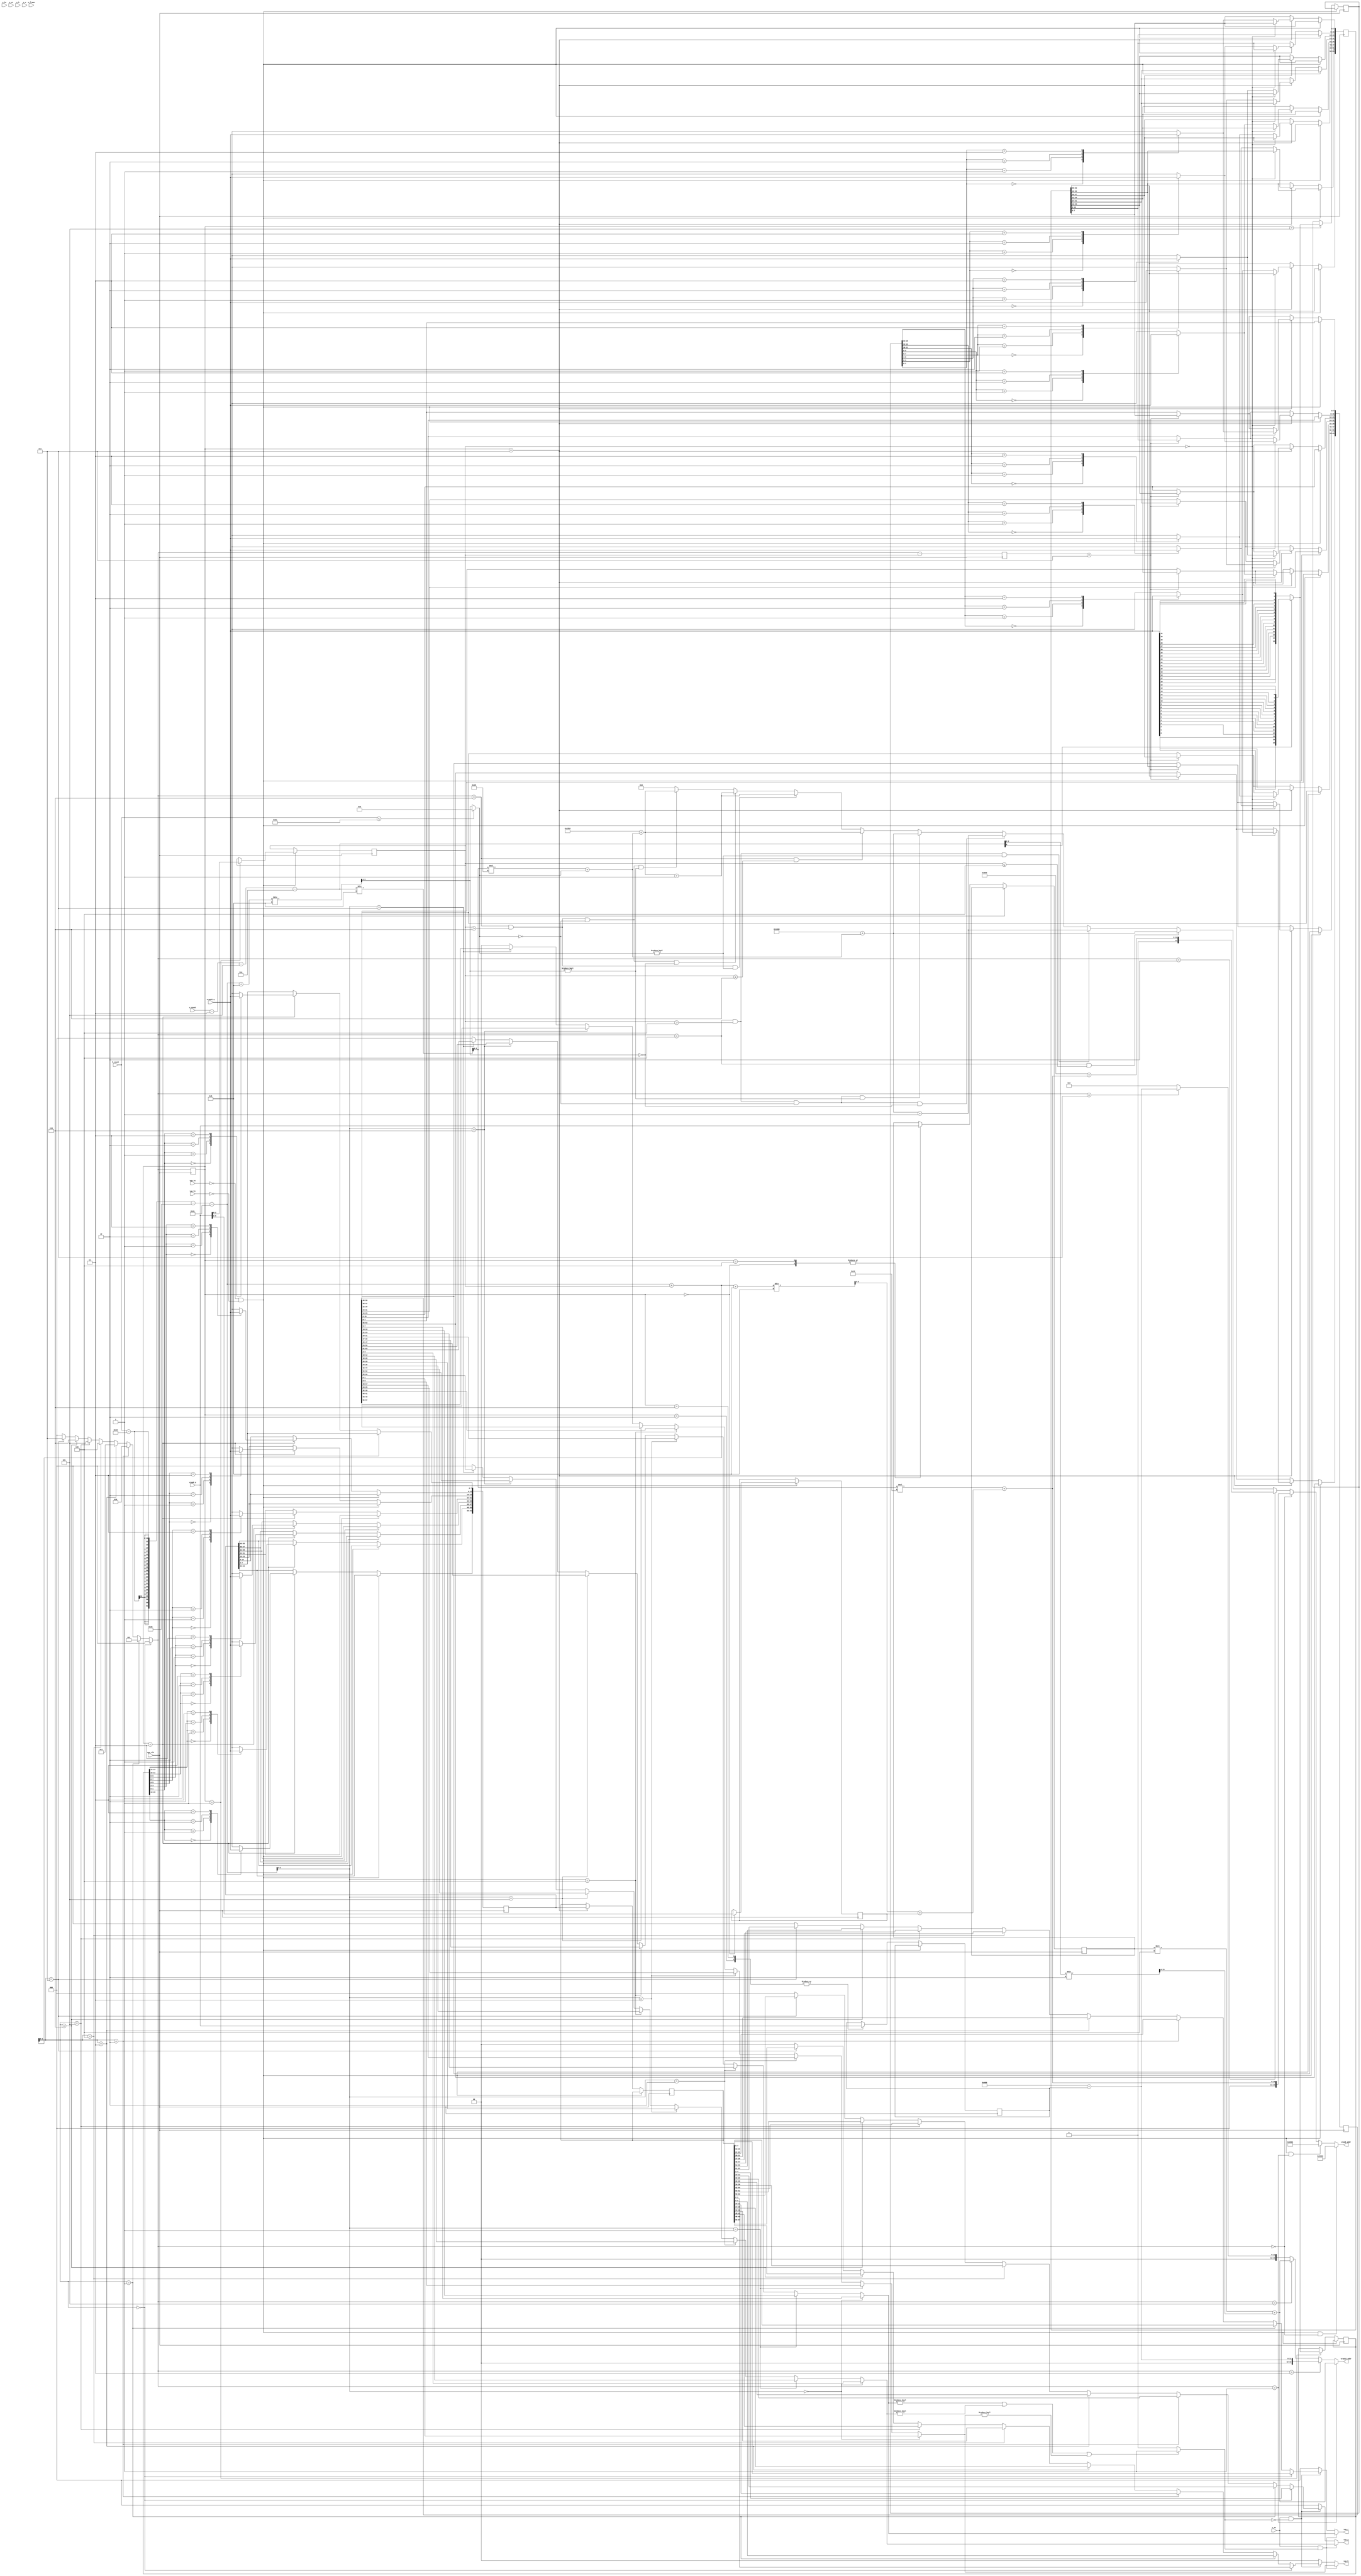
/*
* Renders Background and Window plane
*/
module BGWrenderer
#(
    parameter H_RES   = 320,      // horizontal resolution (pixels)
    parameter V_RES   = 240,      // vertical resolution (lines)
    parameter H_FP    = 24,       // horizontal front porch
    parameter H_SYNC  = 32,       // horizontal sync
    parameter H_BP    = 46,       // horizontal back porch
    parameter V_FP    = 3,        // vertical front porch
    parameter V_SYNC  = 5,        // vertical sync
    parameter V_BP    = 14,       // vertical back porch
    parameter H_POL   = 0,        // horizontal sync polarity (0:neg, 1:pos)
    parameter V_POL   = 0         // vertical sync polarity
) 
(
    //VGA I/O
    input               vga_clk,            //9MHz
    input               vga_hs,
    input               vga_vs,
    output wire [2:0]   vga_r,
    output wire [2:0]   vga_g,
    output wire [1:0]   vga_b,

    input [9:0]         h_count,  // line position in pixels including blanking 
    input [8:0]         v_count,  // frame position in lines including blanking 

    input               o_hs, 
    input               o_vs, 
    input               o_de, 
    input               o_h, 
    input               o_v, 
    input               o_frame,

    //VRAM32
    output [13:0]       vram32_addr,
    input  [31:0]       vram32_q, 

    //VRAM8
    output [13:0]       vram8_addr,
    input  [7:0]        vram8_q
);

// Horizontal: sync, active, and pixels
localparam HS_STA = H_FP - 1;           // sync start (first pixel is 0)
localparam HS_END = HS_STA + H_SYNC;    // sync end
localparam HA_STA = HS_END + H_BP;      // active start
localparam HA_END = HA_STA + H_RES;     // active end 
localparam LINE   = HA_END;             // line pixels 

// Vertical: sync, active, and pixels
localparam VS_STA = V_FP - 1;           // sync start (first line is 0)
localparam VS_END = VS_STA + V_SYNC;    // sync end
localparam VA_STA = VS_END + V_BP;      // active start
localparam VA_END = VA_STA + V_RES;     // active end 
localparam FRAME  = VA_END;             // frame lines 

//RENDERING
reg [5:0] XtileOffset;
reg [2:0] XfineOffset;

initial
begin
    XtileOffset <= 6'd0;
    XfineOffset <= 3'd0;
end


wire [8:0] v_count_visible;
assign v_count_visible = v_count - V_FP - V_SYNC - V_BP;

wire [9:0] h_count_visible;
assign h_count_visible = h_count - H_FP - H_SYNC - H_BP + XfineOffset; //+XfineOffset for fine scrolling

wire [9:0] h_count_visible_noscroll;
assign h_count_visible_noscroll = h_count - H_FP - H_SYNC - H_BP;

wire [5:0] h_tile;
assign h_tile = (h_count_visible / 8)  + XtileOffset;

wire [5:0] h_tile_noscroll;
assign h_tile_noscroll = (h_count_visible_noscroll / 8);

wire [5:0] v_tile;
assign v_tile = v_count_visible / 8;

wire [2:0] h_tile_pixel;
assign h_tile_pixel = h_count_visible[2:0];

wire [2:0] h_tile_pixel_noscroll;
assign h_tile_pixel_noscroll = h_count_visible_noscroll[2:0];

wire [2:0] v_tile_pixel;
assign v_tile_pixel = v_count_visible[2:0];

wire [10:0] tile;
assign tile = (v_tile * (512/8)) + h_tile; //512, because this gives us room for scrolling

wire [10:0] tile_noscroll;
assign tile_noscroll = (v_tile * (H_RES/8)) + h_tile_noscroll;

wire [5:0] h_tile_next;
assign h_tile_next = ((h_count - H_FP - H_SYNC - H_BP + XfineOffset + 8) / 8)  + XtileOffset;

wire [5:0] h_tile_next_noscroll;
assign h_tile_next_noscroll = ((h_count - H_FP - H_SYNC - H_BP + 8) / 8);

wire [5:0] h_tile_next_noscroll2;
assign h_tile_next_noscroll2 = (h_count <  H_FP + H_SYNC + H_BP - 5) ?  0:
                            h_tile_next_noscroll;

wire [10:0] tile_next;
assign tile_next = (v_tile * (512/8)) + h_tile_next; //512, because this gives us room for scrolling

wire [10:0] tile_next_noscroll;
assign tile_next_noscroll = (v_tile * (H_RES/8)) + h_tile_next_noscroll;

wire [10:0] tile_next_noscroll2;
assign tile_next_noscroll2 = (v_tile * (H_RES/8)) + h_tile_next_noscroll2;

parameter
    fetch_bg_tile       = 0,
    fetch_pattern_bg    = 1,
    fetch_bg_color      = 2,
    fetch_palette_bg    = 3,

    fetch_wind_tile     = 4,
    fetch_pattern_wind  = 5,
    fetch_wind_color    = 6,
    fetch_palette_wind  = 7;

/*
8 cycles per tile:
 1. fetch bg tile table address with next tile
 2. fetch pattern table with tile id from 1
 3. fetch bg color table address with next tile
 4. fetch palette table with palette id from 3
 5. fetch window tile table address with next tile
 6. fetch pattern table with tile id from 5
 7. fetch window color table
 8. fetch palette table with palette id from 7
*/
wire [2:0] fetchState;
assign fetchState = (h_tile_pixel == 0) ? fetch_bg_tile:
                    (h_tile_pixel == 1) ? fetch_pattern_bg:
                    (h_tile_pixel == 2) ? fetch_bg_color:
                    (h_tile_pixel == 3) ? fetch_palette_bg:
                    (h_tile_pixel == 4) ? fetch_wind_tile:
                    (h_tile_pixel == 5) ? fetch_pattern_wind:
                    (h_tile_pixel == 6) ? fetch_wind_color:
                    (h_tile_pixel == 7) ? fetch_palette_wind:
                    0;

reg [2:0] fetchStateOffset;
reg [2:0] fetchStateOffset_noscroll;
always @(negedge vga_clk)
begin
    fetchStateOffset <= fetchState;
    fetchStateOffset_noscroll <= fetchState - XfineOffset;
end

reg [7:0] tile_index;
reg [15:0] pattern_bg_tile;
reg [15:0] pattern_wind_tile;
reg [7:0] color_index;
reg [31:0] palette;



reg [63:0] rendered_bg_tile_next;
reg [63:0] rendered_bg_tile;

wire [2:0] data_bg_r, data_bg_g;
wire [1:0] data_bg_b;
assign data_bg_r = (h_tile_pixel == 0) ? rendered_bg_tile[0*8 +7: 0*8 +5]:
                (h_tile_pixel == 1) ? rendered_bg_tile[1*8 +7: 1*8 +5]:
                (h_tile_pixel == 2) ? rendered_bg_tile[2*8 +7: 2*8 +5]:
                (h_tile_pixel == 3) ? rendered_bg_tile[3*8 +7: 3*8 +5]:
                (h_tile_pixel == 4) ? rendered_bg_tile[4*8 +7: 4*8 +5]:
                (h_tile_pixel == 5) ? rendered_bg_tile[5*8 +7: 5*8 +5]:
                (h_tile_pixel == 6) ? rendered_bg_tile[6*8 +7: 6*8 +5]:
                (h_tile_pixel == 7) ? rendered_bg_tile[7*8 +7: 7*8 +5]:
            3'd0;

assign data_bg_g = (h_tile_pixel == 0) ? rendered_bg_tile[0*8 +4: 0*8 +2]:
                (h_tile_pixel == 1) ? rendered_bg_tile[1*8 +4: 1*8 +2]:
                (h_tile_pixel == 2) ? rendered_bg_tile[2*8 +4: 2*8 +2]:
                (h_tile_pixel == 3) ? rendered_bg_tile[3*8 +4: 3*8 +2]:
                (h_tile_pixel == 4) ? rendered_bg_tile[4*8 +4: 4*8 +2]:
                (h_tile_pixel == 5) ? rendered_bg_tile[5*8 +4: 5*8 +2]:
                (h_tile_pixel == 6) ? rendered_bg_tile[6*8 +4: 6*8 +2]:
                (h_tile_pixel == 7) ? rendered_bg_tile[7*8 +4: 7*8 +2]:
            3'd0;

assign data_bg_b = (h_tile_pixel == 0) ? rendered_bg_tile[0*8 +1: 0*8 +0]:
                (h_tile_pixel == 1) ? rendered_bg_tile[1*8 +1: 1*8 +0]:
                (h_tile_pixel == 2) ? rendered_bg_tile[2*8 +1: 2*8 +0]:
                (h_tile_pixel == 3) ? rendered_bg_tile[3*8 +1: 3*8 +0]:
                (h_tile_pixel == 4) ? rendered_bg_tile[4*8 +1: 4*8 +0]:
                (h_tile_pixel == 5) ? rendered_bg_tile[5*8 +1: 5*8 +0]:
                (h_tile_pixel == 6) ? rendered_bg_tile[6*8 +1: 6*8 +0]:
                (h_tile_pixel == 7) ? rendered_bg_tile[7*8 +1: 7*8 +0]:
            2'd0;

reg [63:0] rendered_wind_tile_next;
reg [63:0] rendered_wind_tile;

wire [2:0] data_wind_r, data_wind_g;
wire [1:0] data_wind_b;
assign data_wind_r = (h_tile_pixel_noscroll == 0) ? rendered_wind_tile[0*8 +7: 0*8 +5]:
                (h_tile_pixel_noscroll == 1) ? rendered_wind_tile[1*8 +7: 1*8 +5]:
                (h_tile_pixel_noscroll == 2) ? rendered_wind_tile[2*8 +7: 2*8 +5]:
                (h_tile_pixel_noscroll == 3) ? rendered_wind_tile[3*8 +7: 3*8 +5]:
                (h_tile_pixel_noscroll == 4) ? rendered_wind_tile[4*8 +7: 4*8 +5]:
                (h_tile_pixel_noscroll == 5) ? rendered_wind_tile[5*8 +7: 5*8 +5]:
                (h_tile_pixel_noscroll == 6) ? rendered_wind_tile[6*8 +7: 6*8 +5]:
                (h_tile_pixel_noscroll == 7) ? rendered_wind_tile[7*8 +7: 7*8 +5]:
            3'd0;

assign data_wind_g = (h_tile_pixel_noscroll == 0) ? rendered_wind_tile[0*8 +4: 0*8 +2]:
                (h_tile_pixel_noscroll == 1) ? rendered_wind_tile[1*8 +4: 1*8 +2]:
                (h_tile_pixel_noscroll == 2) ? rendered_wind_tile[2*8 +4: 2*8 +2]:
                (h_tile_pixel_noscroll == 3) ? rendered_wind_tile[3*8 +4: 3*8 +2]:
                (h_tile_pixel_noscroll == 4) ? rendered_wind_tile[4*8 +4: 4*8 +2]:
                (h_tile_pixel_noscroll == 5) ? rendered_wind_tile[5*8 +4: 5*8 +2]:
                (h_tile_pixel_noscroll == 6) ? rendered_wind_tile[6*8 +4: 6*8 +2]:
                (h_tile_pixel_noscroll == 7) ? rendered_wind_tile[7*8 +4: 7*8 +2]:
            3'd0;

assign data_wind_b = (h_tile_pixel_noscroll == 0) ? rendered_wind_tile[0*8 +1: 0*8 +0]:
                (h_tile_pixel_noscroll == 1) ? rendered_wind_tile[1*8 +1: 1*8 +0]:
                (h_tile_pixel_noscroll == 2) ? rendered_wind_tile[2*8 +1: 2*8 +0]:
                (h_tile_pixel_noscroll == 3) ? rendered_wind_tile[3*8 +1: 3*8 +0]:
                (h_tile_pixel_noscroll == 4) ? rendered_wind_tile[4*8 +1: 4*8 +0]:
                (h_tile_pixel_noscroll == 5) ? rendered_wind_tile[5*8 +1: 5*8 +0]:
                (h_tile_pixel_noscroll == 6) ? rendered_wind_tile[6*8 +1: 6*8 +0]:
                (h_tile_pixel_noscroll == 7) ? rendered_wind_tile[7*8 +1: 7*8 +0]:
            2'd0;

initial
begin
    fetchStateOffset = 0;
    fetchStateOffset_noscroll = 0;
    tile_index = 0;
    pattern_bg_tile = 0;
    pattern_wind_tile = 0;
    color_index = 0;
    palette = 0;
    rendered_bg_tile = 0;
    rendered_bg_tile_next = 0;
    rendered_wind_tile = 0;
    rendered_wind_tile_next = 0;
end

//For reversing the tile data
wire [31:0] vram32_q_reverse;
genvar i;
generate
for (i=0; i<=31; i=i+1) begin:m
    assign vram32_q_reverse[31-i] = vram32_q[i];
    end
endgenerate

always @(posedge vga_clk)
begin
    if (!vga_vs && !vga_hs) //this is when we want to fetch the gpu parameters from vram8
    begin
        case (fetchStateOffset)
            fetch_bg_tile:      begin
                                    XtileOffset <= vram8_q;
                                end
            fetch_pattern_bg:  begin
                                    XfineOffset <= vram8_q;
                                end
        endcase
    end
    else 
    begin
        if (fetchStateOffset_noscroll == fetch_palette_wind)
        begin
            rendered_wind_tile <= rendered_wind_tile_next;
        end

        case (fetchStateOffset)
        fetch_bg_tile:      begin
                                tile_index <= vram8_q;
                            end
        fetch_pattern_bg:   begin //bg pattern is in vram32_q
                                //odd lines use right side of pattern
                                if (v_tile_pixel[0] == 1)
                                    pattern_bg_tile <= vram32_q_reverse[31:16];
                                else
                                    pattern_bg_tile <= vram32_q_reverse[15:0];
                            end
        fetch_bg_color:     begin 
                                color_index <= vram8_q;
                            end
        fetch_palette_bg:   begin //bg palette is in vram32_q
                                palette <= vram32_q;
                                case (pattern_bg_tile[1:0])
                                    2'b00: rendered_bg_tile_next[7:0] <= vram32_q[31:24];
                                    2'b01: rendered_bg_tile_next[7:0] <= vram32_q[23:16];
                                    2'b10: rendered_bg_tile_next[7:0] <= vram32_q[15:8];
                                    2'b11: rendered_bg_tile_next[7:0] <= vram32_q[7:0];
                                endcase
                                case (pattern_bg_tile[3:2])
                                    2'b00: rendered_bg_tile_next[15:8] <= vram32_q[31:24];
                                    2'b01: rendered_bg_tile_next[15:8] <= vram32_q[23:16];
                                    2'b10: rendered_bg_tile_next[15:8] <= vram32_q[15:8];
                                    2'b11: rendered_bg_tile_next[15:8] <= vram32_q[7:0];
                                endcase
                                case (pattern_bg_tile[5:4])
                                    2'b00: rendered_bg_tile_next[23:16] <= vram32_q[31:24];
                                    2'b01: rendered_bg_tile_next[23:16] <= vram32_q[23:16];
                                    2'b10: rendered_bg_tile_next[23:16] <= vram32_q[15:8];
                                    2'b11: rendered_bg_tile_next[23:16] <= vram32_q[7:0];
                                endcase
                                case (pattern_bg_tile[7:6])
                                    2'b00: rendered_bg_tile_next[31:24] <= vram32_q[31:24];
                                    2'b01: rendered_bg_tile_next[31:24] <= vram32_q[23:16];
                                    2'b10: rendered_bg_tile_next[31:24] <= vram32_q[15:8];
                                    2'b11: rendered_bg_tile_next[31:24] <= vram32_q[7:0];
                                endcase
                                case (pattern_bg_tile[9:8])
                                    2'b00: rendered_bg_tile_next[39:32] <= vram32_q[31:24];
                                    2'b01: rendered_bg_tile_next[39:32] <= vram32_q[23:16];
                                    2'b10: rendered_bg_tile_next[39:32] <= vram32_q[15:8];
                                    2'b11: rendered_bg_tile_next[39:32] <= vram32_q[7:0];
                                endcase
                                case (pattern_bg_tile[11:10])
                                    2'b00: rendered_bg_tile_next[47:40] <= vram32_q[31:24];
                                    2'b01: rendered_bg_tile_next[47:40] <= vram32_q[23:16];
                                    2'b10: rendered_bg_tile_next[47:40] <= vram32_q[15:8];
                                    2'b11: rendered_bg_tile_next[47:40] <= vram32_q[7:0];
                                endcase
                                case (pattern_bg_tile[13:12])
                                    2'b00: rendered_bg_tile_next[55:48] <= vram32_q[31:24];
                                    2'b01: rendered_bg_tile_next[55:48] <= vram32_q[23:16];
                                    2'b10: rendered_bg_tile_next[55:48] <= vram32_q[15:8];
                                    2'b11: rendered_bg_tile_next[55:48] <= vram32_q[7:0];
                                endcase
                                case (pattern_bg_tile[15:14])
                                    2'b00: rendered_bg_tile_next[63:56] <= vram32_q[31:24];
                                    2'b01: rendered_bg_tile_next[63:56] <= vram32_q[23:16];
                                    2'b10: rendered_bg_tile_next[63:56] <= vram32_q[15:8];
                                    2'b11: rendered_bg_tile_next[63:56] <= vram32_q[7:0];
                                endcase
                            end
        fetch_wind_tile:    begin
                                tile_index <= vram8_q;
                            end
        fetch_pattern_wind: begin //wind pattern is in vram32_q
                                //odd lines use right side of pattern
                                if (v_tile_pixel[0] == 1)
                                    pattern_wind_tile <= vram32_q_reverse[31:16];
                                else
                                    pattern_wind_tile <= vram32_q_reverse[15:0];
                            end
        fetch_wind_color:   begin
                                color_index <= vram8_q;
                            end
        fetch_palette_wind: begin //wind palette is in vram32_q (might have to write to rendered_tile here)
                                palette <= vram32_q;
                                rendered_bg_tile <= rendered_bg_tile_next;
                                if (XfineOffset == 0)
                                begin
                                    case (pattern_wind_tile[1:0])
                                        2'b00: rendered_wind_tile[7:0] <= vram32_q[31:24];
                                        2'b01: rendered_wind_tile[7:0] <= vram32_q[23:16];
                                        2'b10: rendered_wind_tile[7:0] <= vram32_q[15:8];
                                        2'b11: rendered_wind_tile[7:0] <= vram32_q[7:0];
                                    endcase
                                    case (pattern_wind_tile[3:2])
                                        2'b00: rendered_wind_tile[15:8] <= vram32_q[31:24];
                                        2'b01: rendered_wind_tile[15:8] <= vram32_q[23:16];
                                        2'b10: rendered_wind_tile[15:8] <= vram32_q[15:8];
                                        2'b11: rendered_wind_tile[15:8] <= vram32_q[7:0];
                                    endcase
                                    case (pattern_wind_tile[5:4])
                                        2'b00: rendered_wind_tile[23:16] <= vram32_q[31:24];
                                        2'b01: rendered_wind_tile[23:16] <= vram32_q[23:16];
                                        2'b10: rendered_wind_tile[23:16] <= vram32_q[15:8];
                                        2'b11: rendered_wind_tile[23:16] <= vram32_q[7:0];
                                    endcase
                                    case (pattern_wind_tile[7:6])
                                        2'b00: rendered_wind_tile[31:24] <= vram32_q[31:24];
                                        2'b01: rendered_wind_tile[31:24] <= vram32_q[23:16];
                                        2'b10: rendered_wind_tile[31:24] <= vram32_q[15:8];
                                        2'b11: rendered_wind_tile[31:24] <= vram32_q[7:0];
                                    endcase
                                    case (pattern_wind_tile[9:8])
                                        2'b00: rendered_wind_tile[39:32] <= vram32_q[31:24];
                                        2'b01: rendered_wind_tile[39:32] <= vram32_q[23:16];
                                        2'b10: rendered_wind_tile[39:32] <= vram32_q[15:8];
                                        2'b11: rendered_wind_tile[39:32] <= vram32_q[7:0];
                                    endcase
                                    case (pattern_wind_tile[11:10])
                                        2'b00: rendered_wind_tile[47:40] <= vram32_q[31:24];
                                        2'b01: rendered_wind_tile[47:40] <= vram32_q[23:16];
                                        2'b10: rendered_wind_tile[47:40] <= vram32_q[15:8];
                                        2'b11: rendered_wind_tile[47:40] <= vram32_q[7:0];
                                    endcase
                                    case (pattern_wind_tile[13:12])
                                        2'b00: rendered_wind_tile[55:48] <= vram32_q[31:24];
                                        2'b01: rendered_wind_tile[55:48] <= vram32_q[23:16];
                                        2'b10: rendered_wind_tile[55:48] <= vram32_q[15:8];
                                        2'b11: rendered_wind_tile[55:48] <= vram32_q[7:0];
                                    endcase
                                    case (pattern_wind_tile[15:14])
                                        2'b00: rendered_wind_tile[63:56] <= vram32_q[31:24];
                                        2'b01: rendered_wind_tile[63:56] <= vram32_q[23:16];
                                        2'b10: rendered_wind_tile[63:56] <= vram32_q[15:8];
                                        2'b11: rendered_wind_tile[63:56] <= vram32_q[7:0];
                                    endcase
                                end
                                else 
                                begin
                                    case (pattern_wind_tile[1:0])
                                        2'b00: rendered_wind_tile_next[7:0] <= vram32_q[31:24];
                                        2'b01: rendered_wind_tile_next[7:0] <= vram32_q[23:16];
                                        2'b10: rendered_wind_tile_next[7:0] <= vram32_q[15:8];
                                        2'b11: rendered_wind_tile_next[7:0] <= vram32_q[7:0];
                                    endcase
                                    case (pattern_wind_tile[3:2])
                                        2'b00: rendered_wind_tile_next[15:8] <= vram32_q[31:24];
                                        2'b01: rendered_wind_tile_next[15:8] <= vram32_q[23:16];
                                        2'b10: rendered_wind_tile_next[15:8] <= vram32_q[15:8];
                                        2'b11: rendered_wind_tile_next[15:8] <= vram32_q[7:0];
                                    endcase
                                    case (pattern_wind_tile[5:4])
                                        2'b00: rendered_wind_tile_next[23:16] <= vram32_q[31:24];
                                        2'b01: rendered_wind_tile_next[23:16] <= vram32_q[23:16];
                                        2'b10: rendered_wind_tile_next[23:16] <= vram32_q[15:8];
                                        2'b11: rendered_wind_tile_next[23:16] <= vram32_q[7:0];
                                    endcase
                                    case (pattern_wind_tile[7:6])
                                        2'b00: rendered_wind_tile_next[31:24] <= vram32_q[31:24];
                                        2'b01: rendered_wind_tile_next[31:24] <= vram32_q[23:16];
                                        2'b10: rendered_wind_tile_next[31:24] <= vram32_q[15:8];
                                        2'b11: rendered_wind_tile_next[31:24] <= vram32_q[7:0];
                                    endcase
                                    case (pattern_wind_tile[9:8])
                                        2'b00: rendered_wind_tile_next[39:32] <= vram32_q[31:24];
                                        2'b01: rendered_wind_tile_next[39:32] <= vram32_q[23:16];
                                        2'b10: rendered_wind_tile_next[39:32] <= vram32_q[15:8];
                                        2'b11: rendered_wind_tile_next[39:32] <= vram32_q[7:0];
                                    endcase
                                    case (pattern_wind_tile[11:10])
                                        2'b00: rendered_wind_tile_next[47:40] <= vram32_q[31:24];
                                        2'b01: rendered_wind_tile_next[47:40] <= vram32_q[23:16];
                                        2'b10: rendered_wind_tile_next[47:40] <= vram32_q[15:8];
                                        2'b11: rendered_wind_tile_next[47:40] <= vram32_q[7:0];
                                    endcase
                                    case (pattern_wind_tile[13:12])
                                        2'b00: rendered_wind_tile_next[55:48] <= vram32_q[31:24];
                                        2'b01: rendered_wind_tile_next[55:48] <= vram32_q[23:16];
                                        2'b10: rendered_wind_tile_next[55:48] <= vram32_q[15:8];
                                        2'b11: rendered_wind_tile_next[55:48] <= vram32_q[7:0];
                                    endcase
                                    case (pattern_wind_tile[15:14])
                                        2'b00: rendered_wind_tile_next[63:56] <= vram32_q[31:24];
                                        2'b01: rendered_wind_tile_next[63:56] <= vram32_q[23:16];
                                        2'b10: rendered_wind_tile_next[63:56] <= vram32_q[15:8];
                                        2'b11: rendered_wind_tile_next[63:56] <= vram32_q[7:0];
                                    endcase
                                end
                                
                            end
        endcase
    end
    
end

assign vram8_addr = ((!vga_vs && !vga_hs) && fetchState == fetch_bg_tile) ? 8192:
                    ((!vga_vs && !vga_hs) && fetchState == fetch_pattern_bg) ? 8193:
                    (fetchState == fetch_bg_tile) ? tile_next:
                    (fetchState == fetch_bg_color) ? 2048 + tile_next:
                    (fetchState == fetch_wind_tile && XfineOffset <= 4) ? 4096 + tile_next_noscroll2:
                    (fetchState == fetch_wind_tile && XfineOffset > 4 && h_tile_next_noscroll2 != 0) ? 4096 + tile_next_noscroll2 + 1:
                    (fetchState == fetch_wind_tile && XfineOffset > 4 && h_tile_next_noscroll2 == 0 && h_tile_next_noscroll == 0) ? 4096 + tile_next_noscroll2 + 1:
                    (fetchState == fetch_wind_tile && XfineOffset > 4 && h_tile_next_noscroll2 == 0 && h_tile_next_noscroll != 0) ? 4096 + tile_next_noscroll2:
                    (fetchState == fetch_wind_color && XfineOffset <= 6) ? 6144 + tile_next_noscroll2:
                    (fetchState == fetch_wind_color && XfineOffset > 6 && h_tile_next_noscroll2 != 0) ? 6144 + tile_next_noscroll2 + 1:
                    (fetchState == fetch_wind_color && XfineOffset > 6 && h_tile_next_noscroll2 == 0 && h_tile_next_noscroll == 0) ? 6144 + tile_next_noscroll2 + 1:
                    (fetchState == fetch_wind_color && XfineOffset > 6 && h_tile_next_noscroll2 == 0 && h_tile_next_noscroll != 0) ? 6144 + tile_next_noscroll2:
                    14'd0;

assign vram32_addr = (fetchState == fetch_pattern_bg) ? (tile_index * 4) + (v_tile_pixel/2): //*4 because 4 addresses per tile
                     (fetchState == fetch_palette_bg) ? 1024 + color_index:
                     (fetchState == fetch_pattern_wind) ? (tile_index * 4) + (v_tile_pixel/2): //*4 because 4 addresses per tile
                     (fetchState == fetch_palette_wind) ? 1024 + color_index:
                    14'd0;



//BG or Window selector

wire window_drawn;
assign window_drawn = (data_wind_r != 3'd0 || data_wind_g != 3'd0 || data_wind_b != 2'd0) ? 1'b1:
                    1'b0;

assign vga_r =  (o_de && window_drawn) ? data_wind_r: 
                (o_de && !window_drawn) ? data_bg_r: 
                3'd0;
assign vga_g =  (o_de && window_drawn) ? data_wind_g: 
                (o_de && !window_drawn) ? data_bg_g: 
                3'd0;
assign vga_b =  (o_de && window_drawn) ? data_wind_b: 
                (o_de && !window_drawn) ? data_bg_b: 
                3'd0;

endmodule